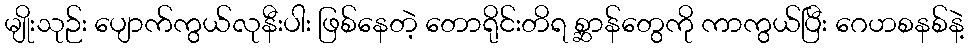
မျိုးသုဉ်း ပျောက်ကွယ်လုနီးပါး ဖြစ်နေတဲ့ တောရိုင်းတိရ စ္ဆာန်တွေကို ကာကွယ်ပြီး ဂေဟစနစ်နဲ့